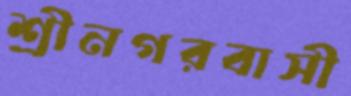
শ্রীনগরবাসী